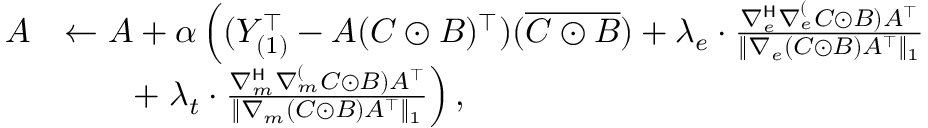
\begin{array} { r l } { A } & { \gets A + \alpha \left( ( Y _ { ( 1 ) } ^ { \top } - A ( C \odot B ) ^ { \top } ) ( \overline { { C \odot B } } ) + \lambda _ { e } \cdot \frac { \nabla _ { e } ^ { \mathsf { H } } \nabla _ { e } ^ ( C \odot B ) A ^ { \top } } { \| \nabla _ { e } ( C \odot B ) A ^ { \top } \| _ { 1 } } \right. } \\ & { \quad \quad + \left. \lambda _ { t } \cdot \frac { \nabla _ { m } ^ { \mathsf { H } } \nabla _ { m } ^ ( C \odot B ) A ^ { \top } } { \| \nabla _ { m } ( C \odot B ) A ^ { \top } \| _ { 1 } } \right) , } \end{array}